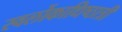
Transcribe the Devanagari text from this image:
स्वर्लोकाधिष्ठात्रीं